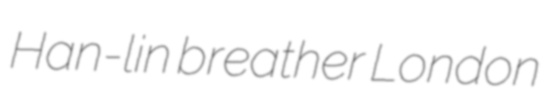
Han-lin breather London